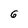
Character: 6